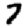
Digit: 7